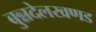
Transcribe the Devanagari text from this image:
बुन्नदेलखणड